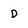
Character: d